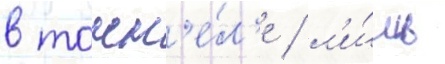
в тонн'е́л'е / л'и́шь